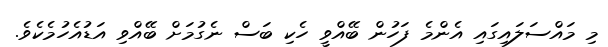
މި މައްސަލައިގައި އެންމެ ފަހުން ބޭއްވީ ހެކި ބަސް ނެގުމަށް ބޭއްވި އަޑުއެހުމެކެވެ.